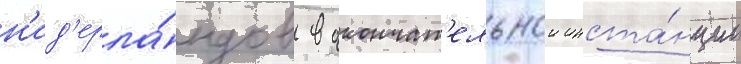
н'ид'ерла́ндов в окончат'ельнои инста́нции